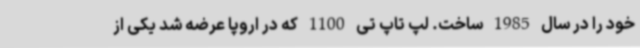
خود را در سال 1985 ساخت. لپ تاپ تی 1100 که در اروپا عرضه شد یکی از